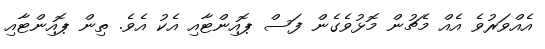
އެއްވަރުވެ އެއް މެޗުން މޮޅުވެގެން ފަސް ޕޮއިންޓާއި އެކު އެވެ. ތިން ޕޮއިންޓާއި